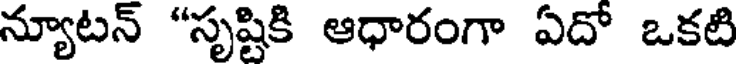
న్యూటన్ "సృష్టికి ఆధారంగా ఏదో ఒకటి